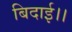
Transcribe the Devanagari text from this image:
बिदाई।।